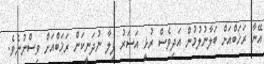
އޭނާ ރަޚަބްއަށް ބަލާނުލުމުން އަދިވެސް ރުޅީ އަސަރު ފިލާ ނުދަނީކަން ރަޚަބްއަށް ވިސްނުނެވެ.